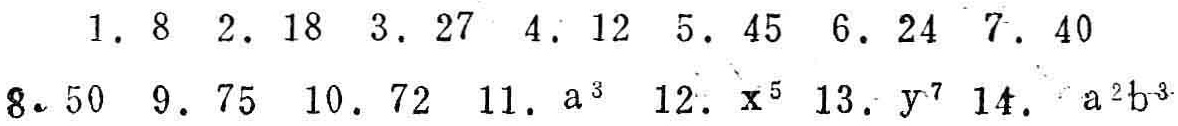
1. \(8\) 2. \(18\) 3. \(27\) 4. \(12\) 5. \(45\) 6. \(24\) 7. \(40\)
8. \(50\) 9. \(75\) 10. \(72\) 11. \(a^{3}\) 12. \(x^{5}\) 13. \(y^{7}\) 14. \(a^{2}b^{3}\)